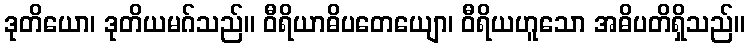
ဒုတိယော၊ ဒုတိယမဂ်သည်။ ဝီရိယာဓိပတေယျော၊ ဝီရိယဟူသော အဓိပတိရှိသည်။